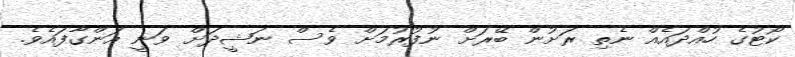
ކޯޓުގެ ހުއްދައެއް ނެތި ރަށުން ބޭރަށް ނުފުރުމަށް ވެސް ނަޝީދަށް ވަނީ އަންގާފައެވެ.